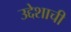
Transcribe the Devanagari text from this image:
उद्देशाची